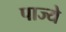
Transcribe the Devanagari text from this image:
पाज्ये